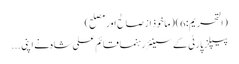
(التحریم:6) (ماخوذ از صالح اور مصلح)
پیپلز پارٹی کے سینئر رہنما قائم علی شاہ نے اپنی ...